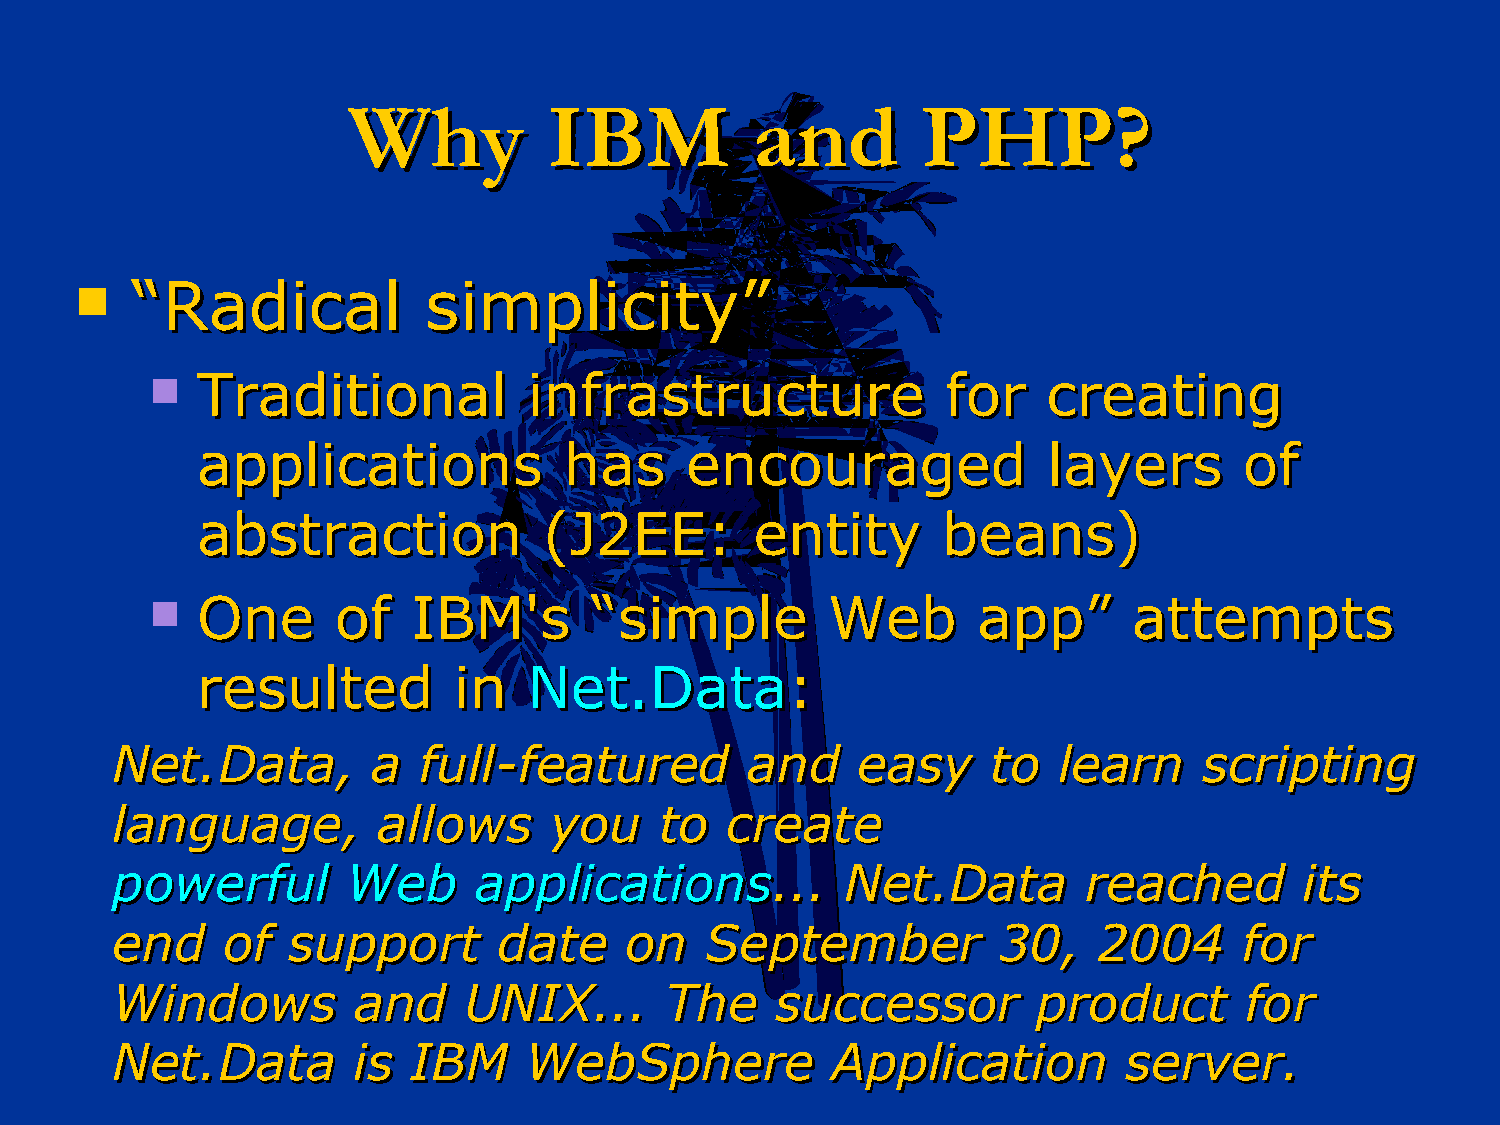
WWhhyy       IIBBMM        aanndd     PPHHPP??
    ““RRaaddiiccaall   ssiimmpplliicciittyy””
   TTrraaddiittiioonnaall iinnffrraassttrruuccttuurree ffoorr ccrreeaattiinngg
 aapppplliiccaattiioonnss hhaass eennccoouurraaggeedd    llaayyeerrss ooff
 aabbssttrraaccttiioonn ((JJ22EEEE::  eennttiittyy bbeeaannss))
   OOnnee   ooff IIBBMM''ss  ““ssiimmppllee  WWeebb    aapppp””  aatttteemmppttss
 rreessuulltteedd iinn NNeett..DDaattaa::
 NNeett..DDaattaa,, aa ffuullll--ffeeaattuurreedd aanndd eeaassyy ttoo lleeaarrnn ssccrriippttiinngg
 llaanngguuaaggee,, aalllloowwss yyoouu ttoo ccrreeaattee
 ppoowweerrffuull WWeebb aapppplliiccaattiioonnss...... NNeett..DDaattaa rreeaacchheedd iittss
 eenndd  ooff ssuuppppoorrtt ddaattee oonn SSeepptteemmbbeerr 3300,, 22000044 ffoorr
 WWiinnddoowwss  aanndd  UUNNIIXX...... TThhee ssuucccceessssoorr pprroodduucctt ffoorr
 NNeett..DDaattaa iiss IIBBMM WWeebbSSpphheerree AApppplliiccaattiioonn sseerrvveerr..